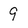
Character: 9